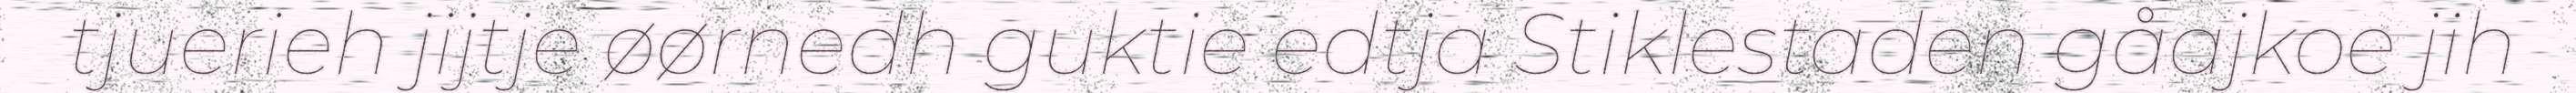
tjuerieh jijtje øørnedh guktie edtja Stiklestaden gåajkoe jih